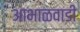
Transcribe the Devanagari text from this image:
आभाळवाडी